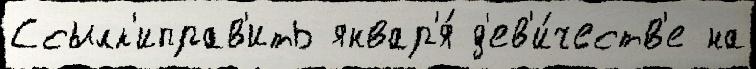
Ссылк'иправ'ить январ'я́ д'ев'и́честв'е на